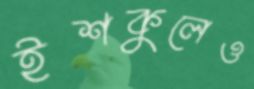
ইশকুলেও